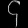
Digit: ၄